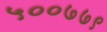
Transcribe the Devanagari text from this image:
५००७७९